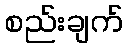
စည်းချက်